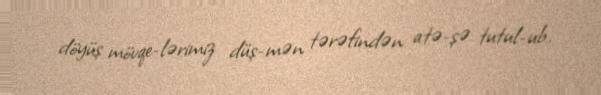
döyüş mövqe­lərimiz düş­mən tərəfindən atə­şə tutul­ub.